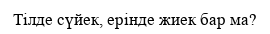
Тілде сүйек, ерінде жиек бар ма?